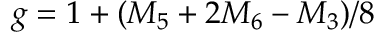
g = 1 + ( M _ { 5 } + 2 M _ { 6 } - M _ { 3 } ) / 8